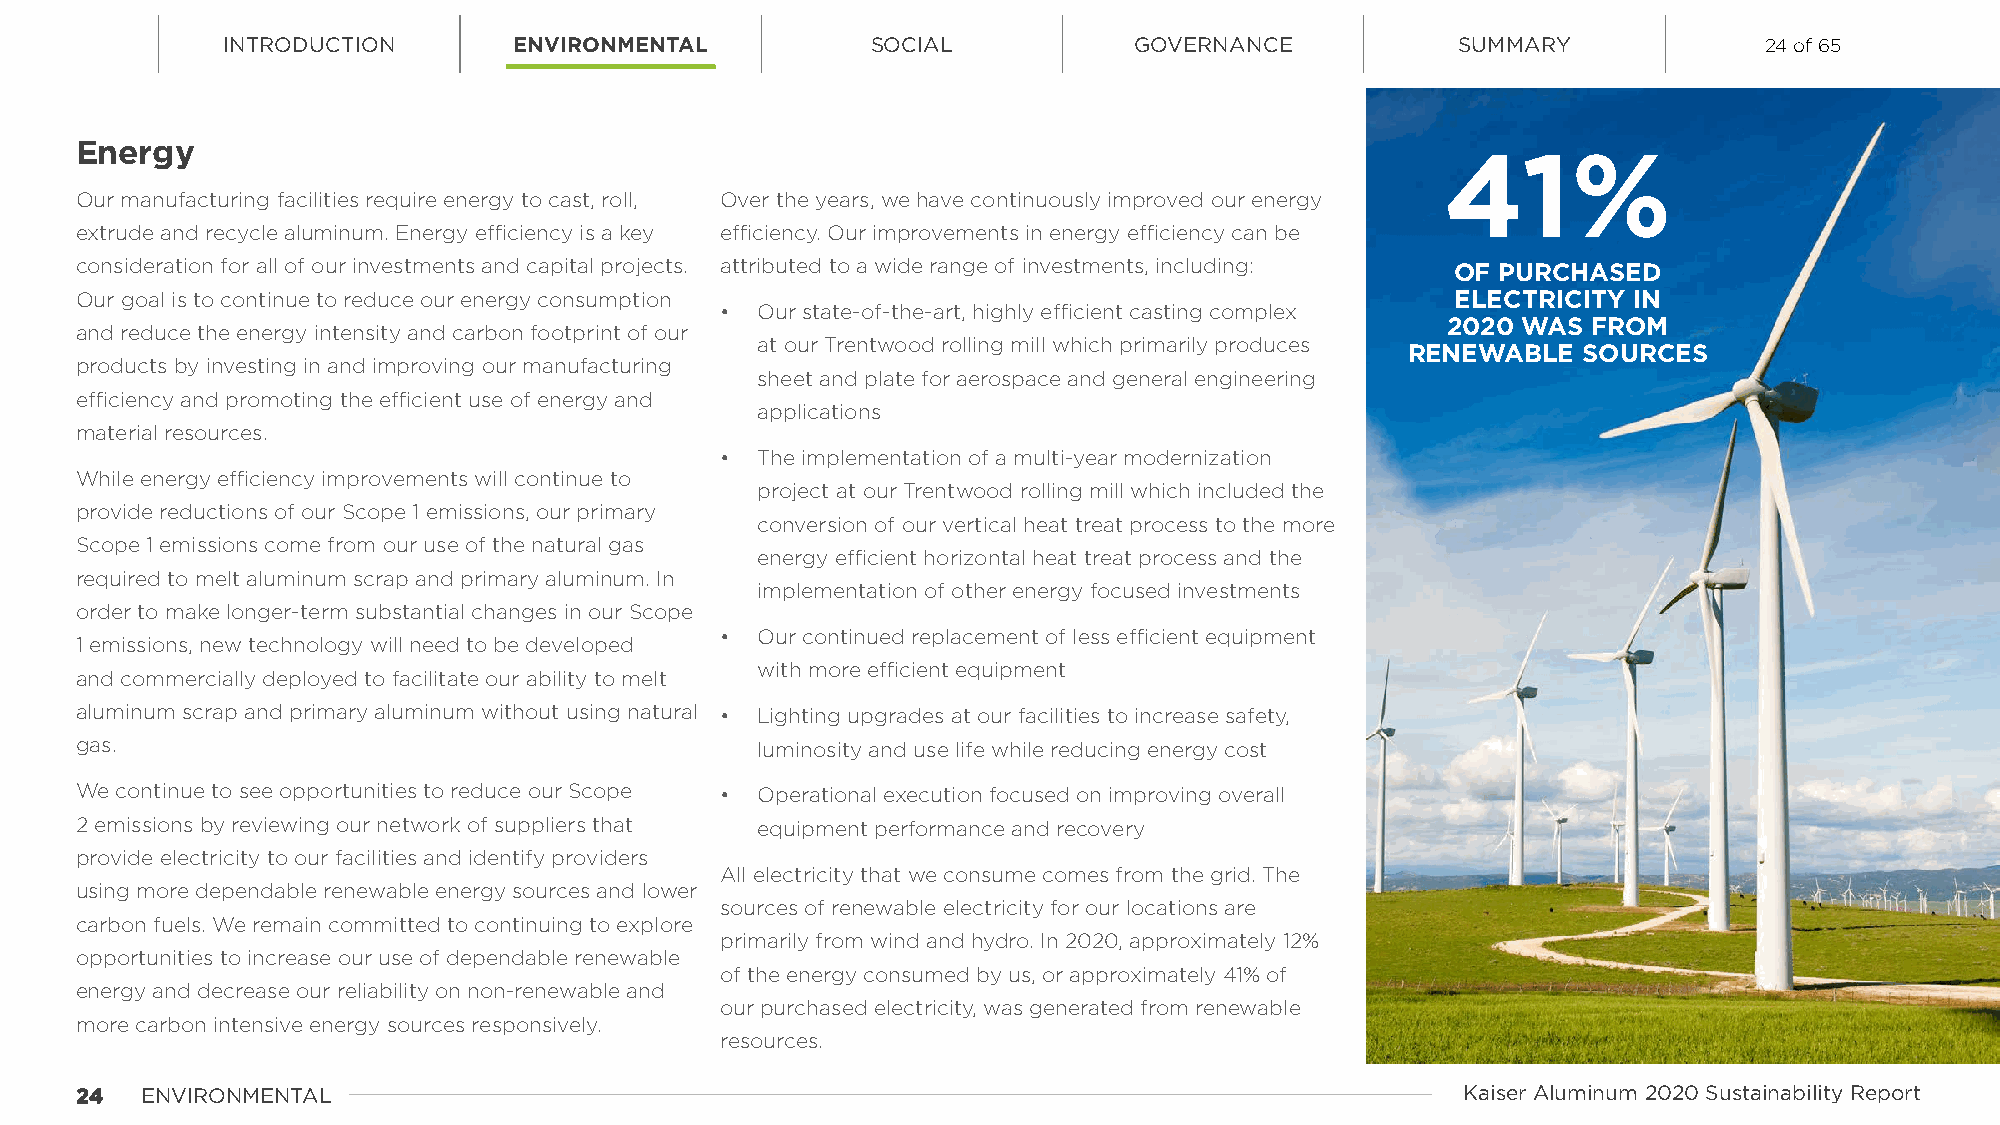
INTRODUCTION       ENVIRONMENTAL           SOCIAL           GOVERNANCE            SUMMARY             24 of 65
 Energy
 41%
 Our manufacturing facilities require energy to cast, roll, Over the years, we have continuously improved our energy
 extrude and recycle aluminum. Energy efficiency is a key efficiency. Our improvements in energy efficiency can be
 consideration for all of our investments and capital projects. attributed to a wide range of investments, including: OF PURCHASED
 Our goal is to continue to reduce our energy consumption                                   ELECTRICITY IN
 • Our state-of-the-art, highly efficient casting complex
 2020 WAS FROM
 and reduce the energy intensity and carbon footprint of our
 at our Trentwood rolling mill which primarily produces
 RENEWABLE   SOURCES
 products by investing in and improving our manufacturing
 sheet and plate for aerospace and general engineering
 efficiency and promoting the efficient use of energy and
 applications
 material resources.
 • The implementation of a multi-year modernization
 While energy efficiency improvements will continue to
 project at our Trentwood rolling mill which included the
 provide reductions of our Scope 1 emissions, our primary
 conversion of our vertical heat treat process to the more
 Scope 1 emissions come from our use of the natural gas
 energy efficient horizontal heat treat process and the
 required to melt aluminum scrap and primary aluminum. In
 implementation of other energy focused investments
 order to make longer-term substantial changes in our Scope
 • Our continued replacement of less efficient equipment
 1 emissions, new technology will need to be developed
 with more efficient equipment
 and commercially deployed to facilitate our ability to melt
 aluminum scrap and primary aluminum without using natural • Lighting upgrades at our facilities to increase safety,
 gas.                                         luminosity and use life while reducing energy cost
 We continue to see opportunities to reduce our Scope • Operational execution focused on improving overall
 2 emissions by reviewing our network of suppliers that equipment performance and recovery
 provide electricity to our facilities and identify providers
 All electricity that we consume comes from the grid. The
 using more dependable renewable energy sources and lower
 sources of renewable electricity for our locations are
 carbon fuels. We remain committed to continuing to explore
 primarily from wind and hydro. In 2020, approximately 12%
 opportunities to increase our use of dependable renewable
 of the energy consumed by us, or approximately 41% of
 energy and decrease our reliability on non-renewable and
 our purchased electricity, was generated from renewable
 more carbon intensive energy sources responsively.
 resources.
 2244 ENVIRONMENTAL                                                                          Kaiser Aluminum 2020 Sustainability Report